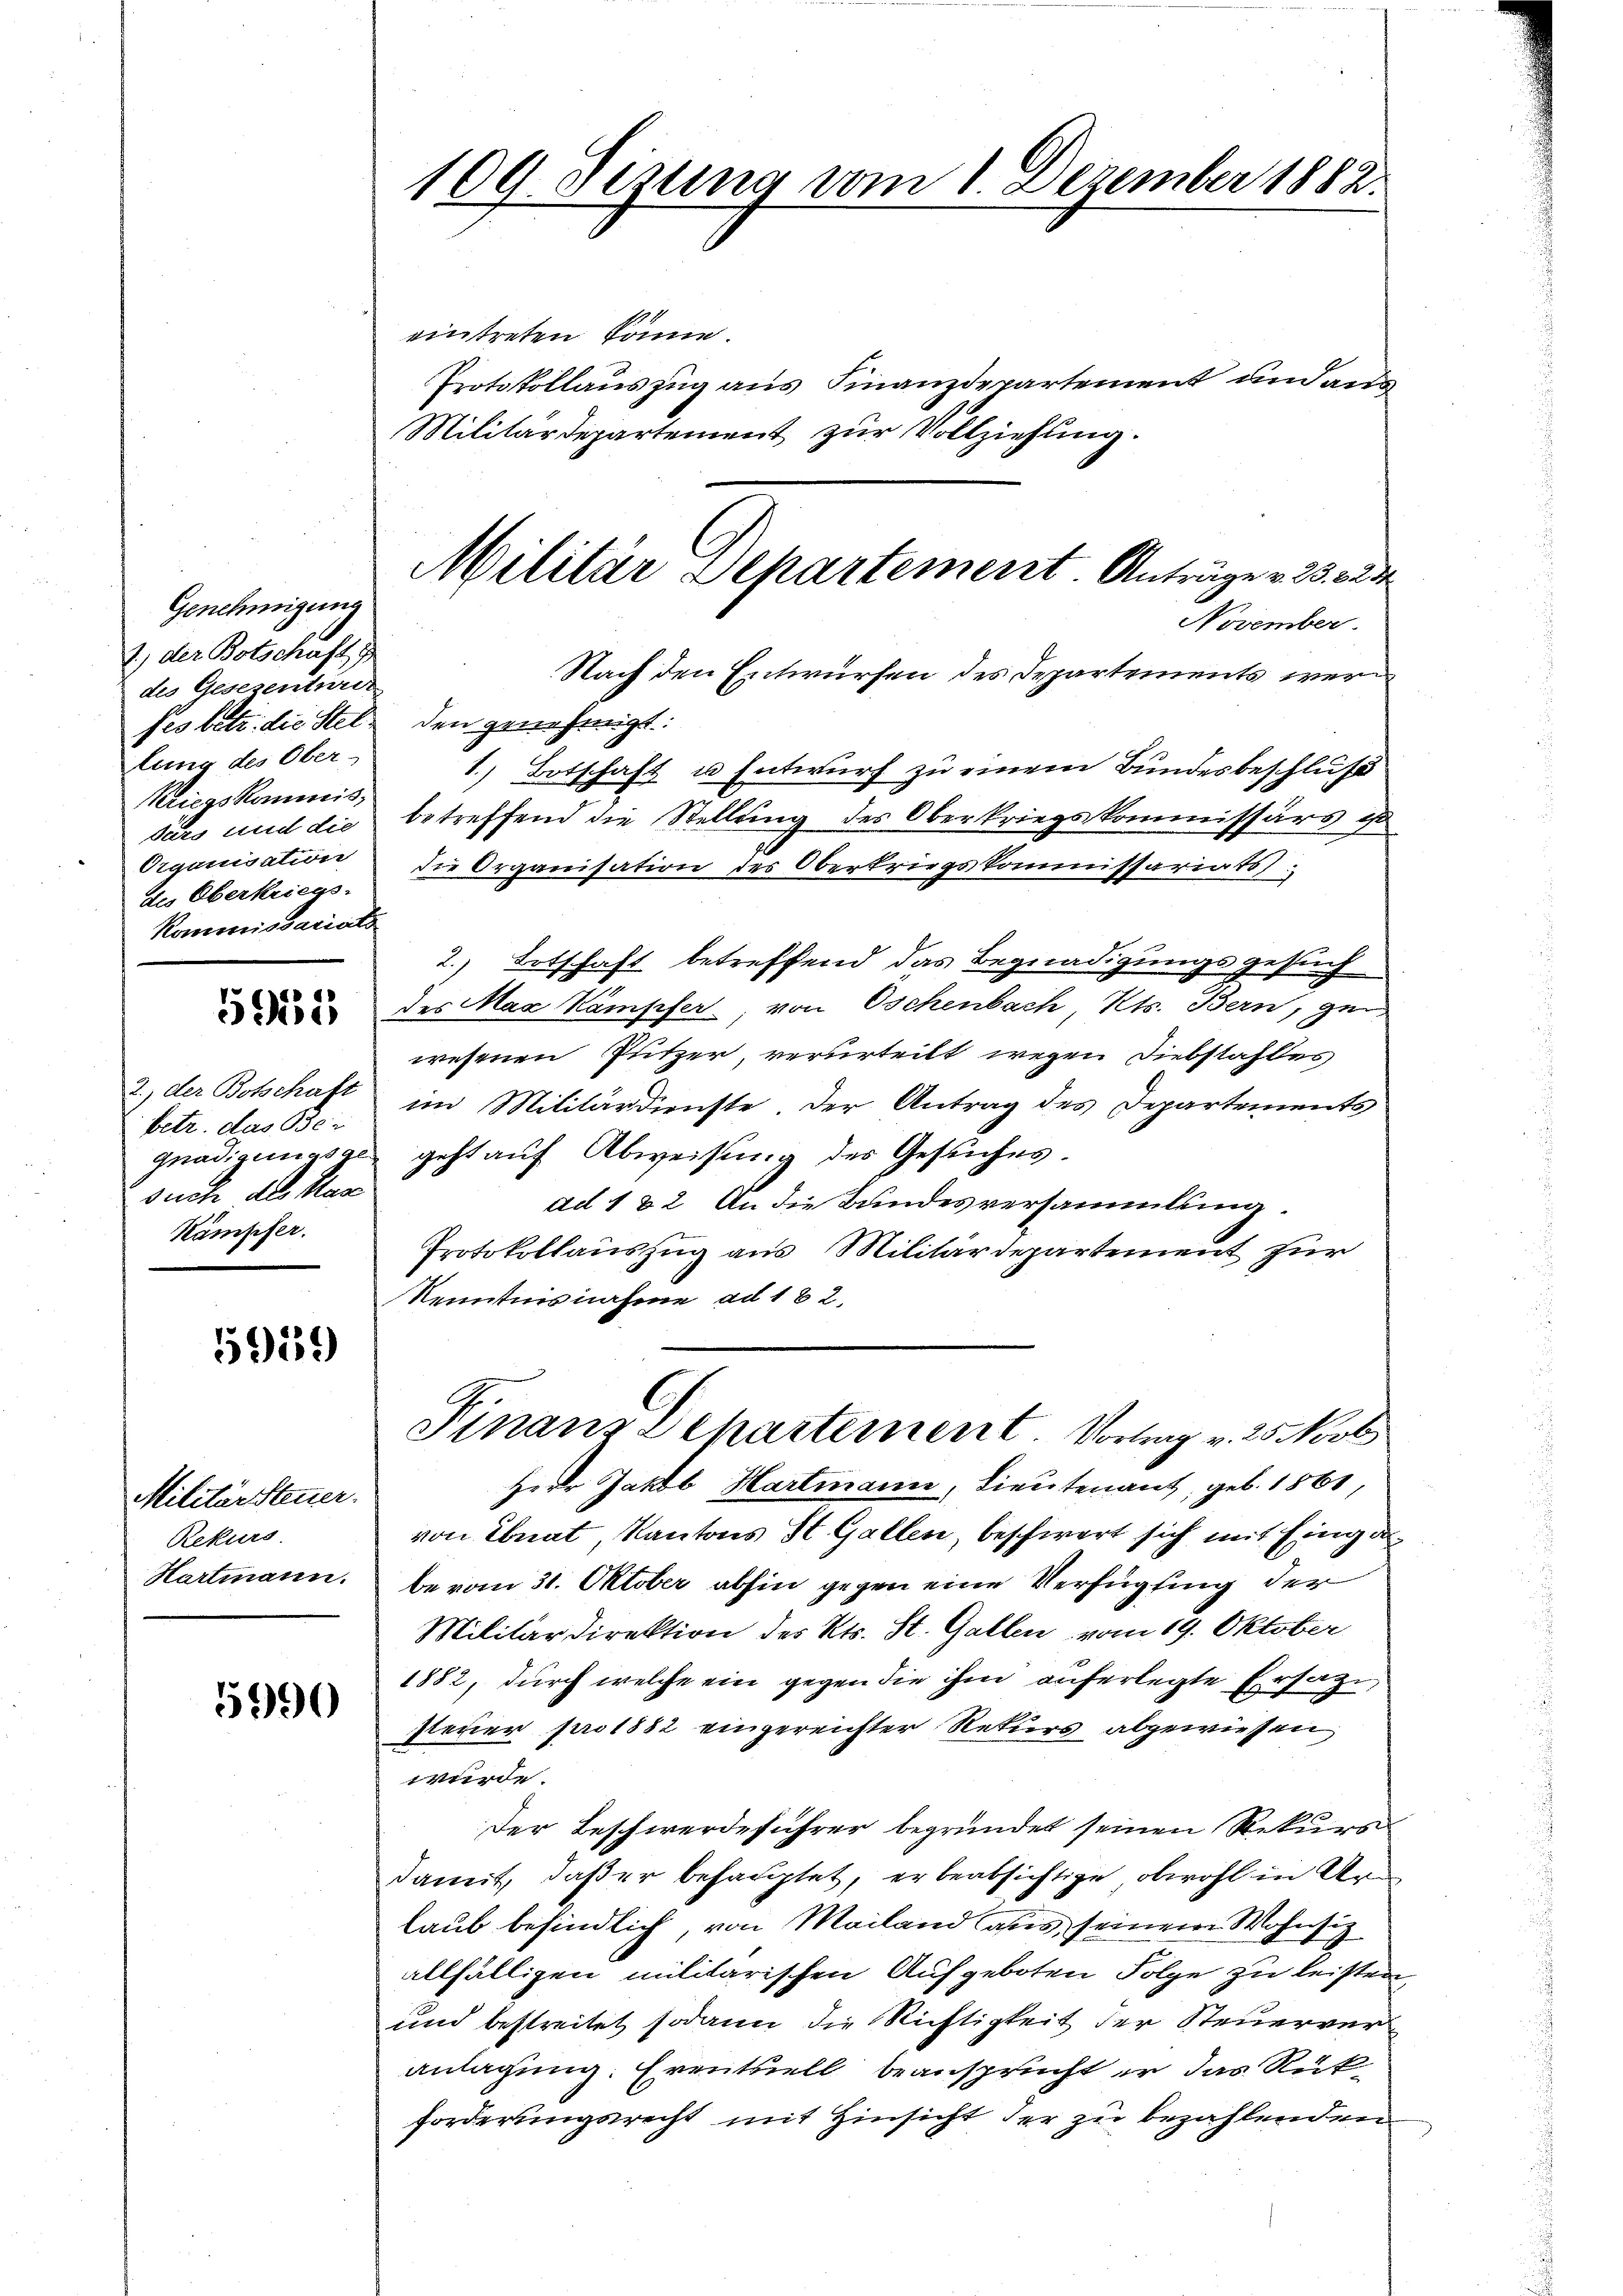
Genehmigung
1) der Botschaft,
des Gesezenturis
lung des Ober-
Kriegskommis¬
Organisation
des Oberkriegs-
Kommissariats

5955

2.) der Botschaft
betr. das Be-
such des Mar
Kämpfer.

5959

Militärsteuer.
Rekurs
Hartmann.

5990

eintreten könne.
Protokollauszug aus Finanzdepartement und aus¬
Militärdepartement zur Vollziehung.
November.
Nach den Entwürfen des Departements werfes betr. die Stel- den genehmigt.
1.) Botschaft u. Entwurf zu einem Bundesbeschluß
Pars und die betreffend die Stellung des Oberkriegskommissärs u
die Organisation des Obertriegskommissariats
2.) Totschaft betreffend das Begnadigungsgesuch
des Max Kämpfer, von Oschenbach, Kts. Bern, ge
wesenen Putzer, verurteilt wegen Diebstahles
im Militärdienste. Der Antrag des Departements
gnadigungsge geht auf Abweisung des Gesuches.
ad 1 & 2. An die Bundesversammlung.
Protokollauszug aus Militärdepartement zur
Kenntnisnahme ad 182.
Finanz Departement. Vorlag v. 25 Kob
Herr Jakob Hartmann, Lieutenant, geb. 1861,
von Ebnat, Kantons St. Gallen, beschwert sich mit Eingabe vom 31. Oktober abhin gegen eine Verfügung der
Militärdirektion des Kts. St. Gallen vom 19. Oktober
1882, durch welche ein gegen die ihm auferlegte Ersatze,
steuer pro 1882 eingereichter Rekurs abgewiesen
würde.
Der Beschwerdeführer begründet seinen Rekurs
damit, daß er behauptet, er beabsichtige, obwohl in Arlaub befindlich, von Mailand aus seinem Wohnsitz
allfälligen militarischen Aufgeboten Folge zu leisten,
und bestreitet sodann die Richtigkeit der Steuerveranlagung. Eventuell beansprucht er das Rükforderungsrecht mit Hinsicht der zu bezahlenden

109. Sezung vom 1. Dezember 1882.

Militär Separtement Anträge v. 23. 323